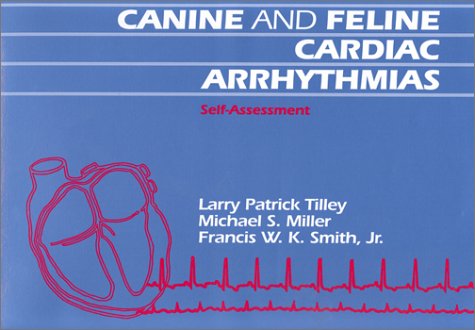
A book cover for Canine and Feline Cardiac Arrythmias Self Assesment; Larry P. Tilley; Medical Books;